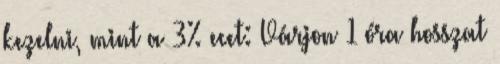
kezelni, mint a 3% ecet: Várjon 1 óra hosszat